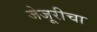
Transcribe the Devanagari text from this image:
जेजूरीचा